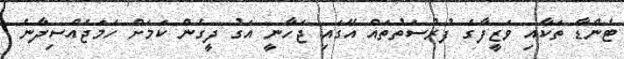
ޓެންޑާ ތަކާއި ވަޒީފާގެ ފުރުސަތުތައް އޭގައި ޖަހާނީ އަގު ދީގެން ކަމަށް ހަމަޖެއްސިދާނެ